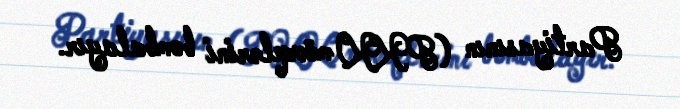
Partiyasının (PKK) mövqelərini bombalayır.